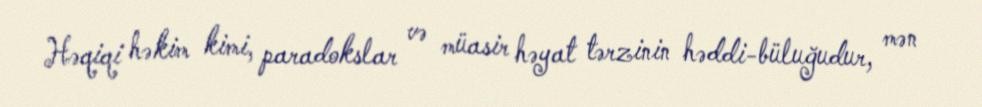
Həqiqi həkim kimi, paradokslar və müasir həyat tərzinin həddi-büluğudur, mən